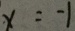
x = - 1